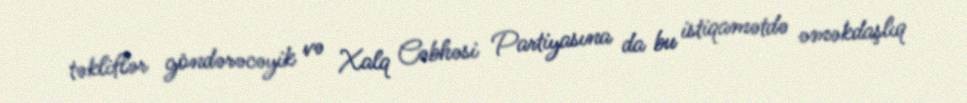
təkliflər göndərəcəyik və Xalq Cəbhəsi Partiyasına da bu istiqamətdə əməkdaşlıq